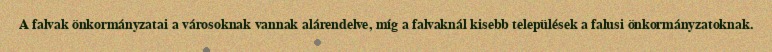
A falvak önkormányzatai a városoknak vannak alárendelve, míg a falvaknál kisebb települések a falusi önkormányzatoknak.